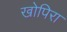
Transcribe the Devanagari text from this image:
खोपिरा